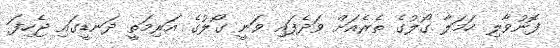
ފޮނުވާލި ހަމަލާ ގޯލުގެ ތެރެއަށް ވަދެފައި ވަނީ ގޯލުގެ އަރިމަތީ ދަނޑީގައި ޖެހިފަ